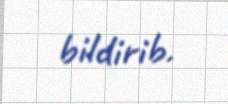
bildirib.